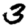
Digit: 3